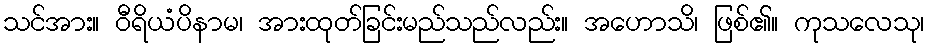
သင်အား။ ဝီရိယံပိနာမ၊ အားထုတ်ခြင်းမည်သည်လည်း။ အဟောသိ၊ ဖြစ်၏။ ကုသလေသု၊